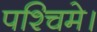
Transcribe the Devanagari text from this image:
पश्चिमे।